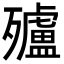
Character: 㱺